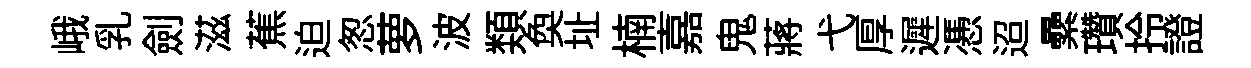
峨乳劍滋蕉迫怱萝波𩔖奐址楠嘉鬼蔣弋厚遲慿迢纍瓚拎證